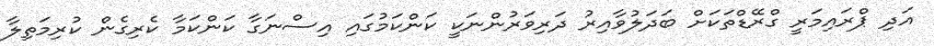
އަދި ޕްރައިމަރީ ގްރޭޑްތަކަށް ބަދަލުވާއިރު ދަރިވަރުންނަކީ ކަންކަމުގައި އިސްނަގާ ކަންކަމާ ކެރިގެން ކުރިމަތިލާ